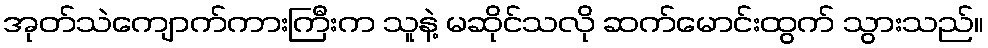
အုတ်သဲကျောက်ကားကြီးက သူနဲ့ မဆိုင်သလို ဆက်မောင်းထွက် သွားသည်။